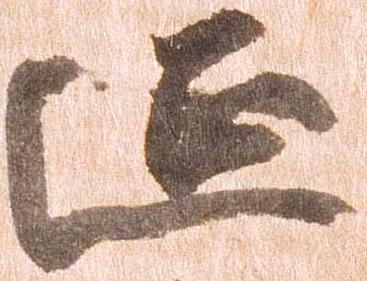
延